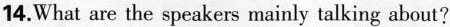
14.What are the speakers mainly talking about?